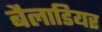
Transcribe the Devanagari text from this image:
बैलाडियर